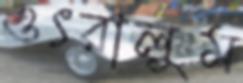
ওৎরালুম